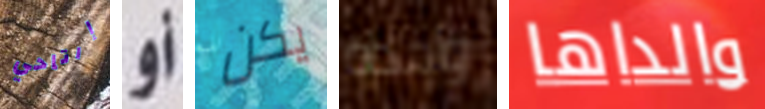
إرتاحي أو يكن واحدة والداها